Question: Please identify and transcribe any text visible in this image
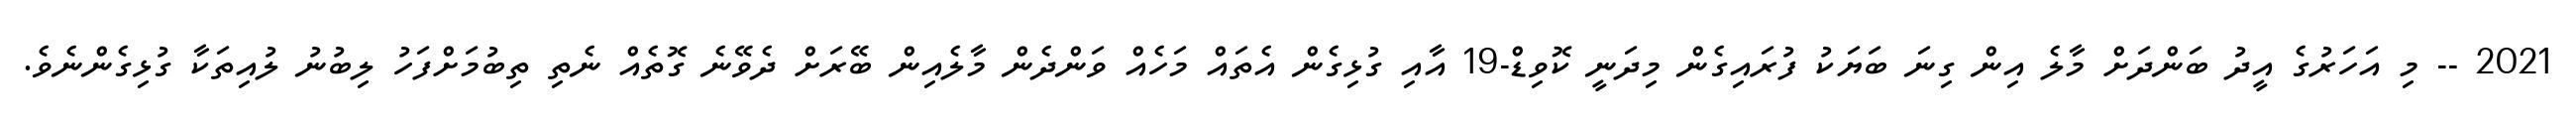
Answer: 2021 -- މި އަހަރުގެ އީދު ބަންދަށް މާލެ އިން ގިނަ ބަޔަކު ފުރައިގެން މިދަނީ ކޮވިޑް-19 އާއި ގުޅިގެން އެތައް މަހެއް ވަންދެން މާލެއިން ބޭރަށް ދެވޭނެ ގޮތެއް ނެތި ތިބުމަށްފަހު ލިބުނު ލުއިތަކާ ގުޅިގެންނެވެ.